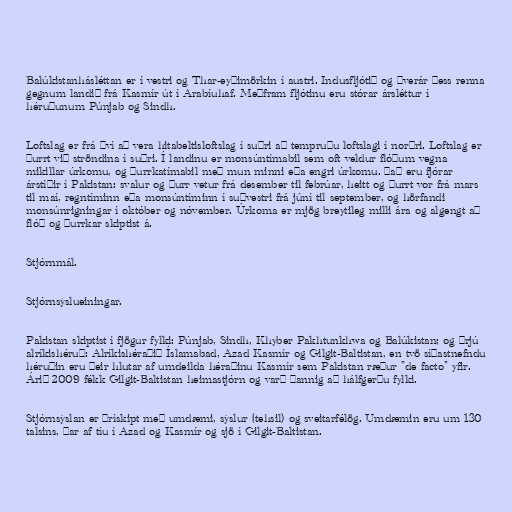
Balúkistanhásléttan er í vestri og Thar-eyðimörkin í austri. Indusfljótið og þverár þess renna
gegnum landið frá Kasmír út í Arabíuhaf. Meðfram fljótinu eru stórar ársléttur í
héruðunum Púnjab og Sindh.

Loftslag er frá því að vera hitabeltisloftslag í suðri að tempruðu loftslagi í norðri. Loftslag er
þurrt við ströndina í suðri. Í landinu er monsúntímabil sem oft veldur flóðum vegna
mikillar úrkomu, og þurrkatímabil með mun minni eða engri úrkomu. Það eru fjórar
árstíðir í Pakistan: svalur og þurr vetur frá desember til febrúar, heitt og þurrt vor frá mars
til maí, regntíminn eða monsúntíminn í suðvestri frá júní til september, og hörfandi
monsúnrigningar í október og nóvember. Úrkoma er mjög breytileg milli ára og algengt að
flóð og þurrkar skiptist á.

Stjórnmál.

Stjórnsýslueiningar.

Pakistan skiptist í fjögur fylki: Púnjab, Sindh, Khyber Pakhtunkhwa og Balúkistan; og þrjú
alríkishéruð: Alríkishéraðið Íslamabad, Azad Kasmír og Gilgit-Baltistan, en tvö síðastnefndu
héruðin eru þeir hlutar af umdeilda héraðinu Kasmír sem Pakistan ræður "de facto" yfir.
Árið 2009 fékk Gilgit-Baltistan heimastjórn og varð þannig að hálfgerðu fylki.

Stjórnsýslan er þrískipt með umdæmi, sýslur (tehsil) og sveitarfélög. Umdæmin eru um 130
talsins, þar af tíu í Azad og Kasmír og sjö í Gilgit-Baltistan.